Annual administration report of the Civil Veterinary Department of India - 1895-1896
Year: 1895
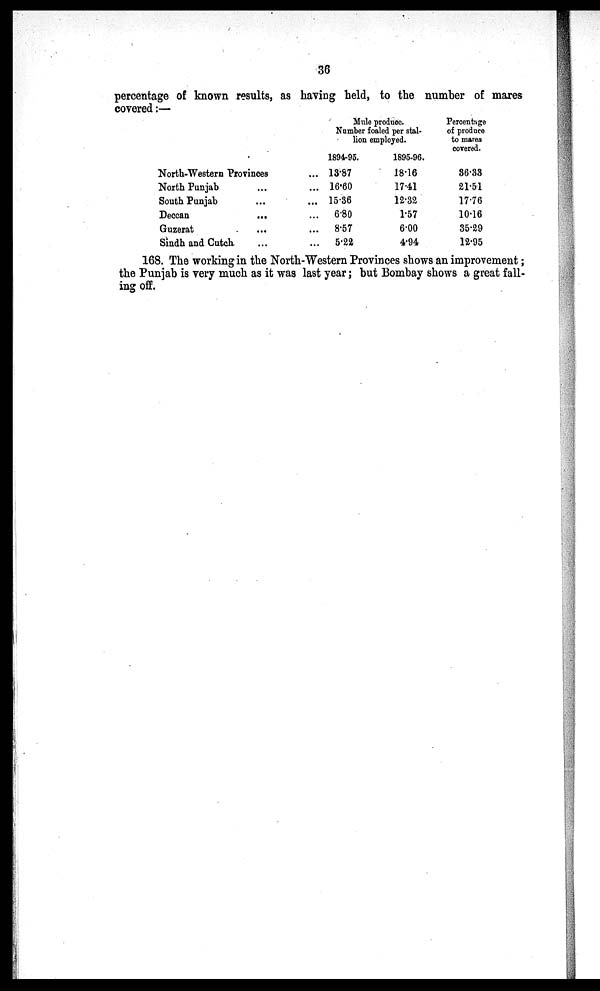
36
percentage of known results, as having held, to the number of mares
covered:-
North-Western Provinces ...
North Punjab ... ...
South Punjab ... ...
Deccan ... ...
Guzerat ... ...
Sindh and Cutch ... ...
Mule produce.
Number foaled per stal-
lion employed.
1894-95.
13.87
16.60
15.36
6.80
8.57
5.22
1895-96.
18.16
17.41
12.32
1.57
6.00
4.94
Percentage
of produce
to mares
covered.
36.33
21.51
17.76
10.16
35.29
12.95
168. The working in the North-Western Provinces shows an improvement;
the Punjab is very much as it was last year; but Bombay shows a great fall-
ing off.